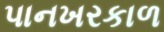
પાનખરકાળ